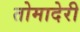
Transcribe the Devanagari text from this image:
तोमादेरी